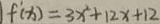
f ^ { \prime } ( x ) = 3 x ^ { 2 } + 1 2 x + 1 2